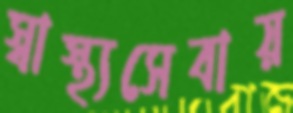
স্বাস্থ্যসেবায়